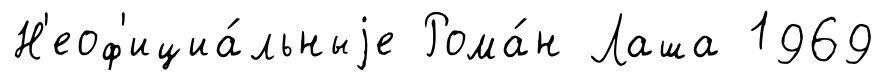
Н'еоф'ициа́льныjе Рома́н Лаша 1969